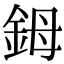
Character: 鉧